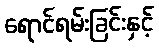
ရောင်ရမ်းခြင်းနှင့်